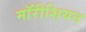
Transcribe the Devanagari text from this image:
मॉरीशियन